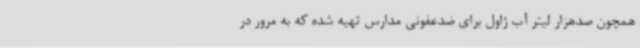
همچون صدهزار لیتر آب ژاول برای ضدعفونی مدارس تهیه شده که به مرور در